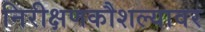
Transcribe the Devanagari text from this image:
निरीक्षणकौशल्यावर